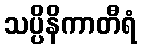
သပ္ပိနိကာတီရံ